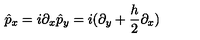
\hat { p } _ { x } = i \partial _ { x } \hat { p } _ { y } = i ( \partial _ { y } + { \frac { h } { 2 } } \partial _ { x } )